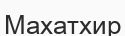
Махатхир